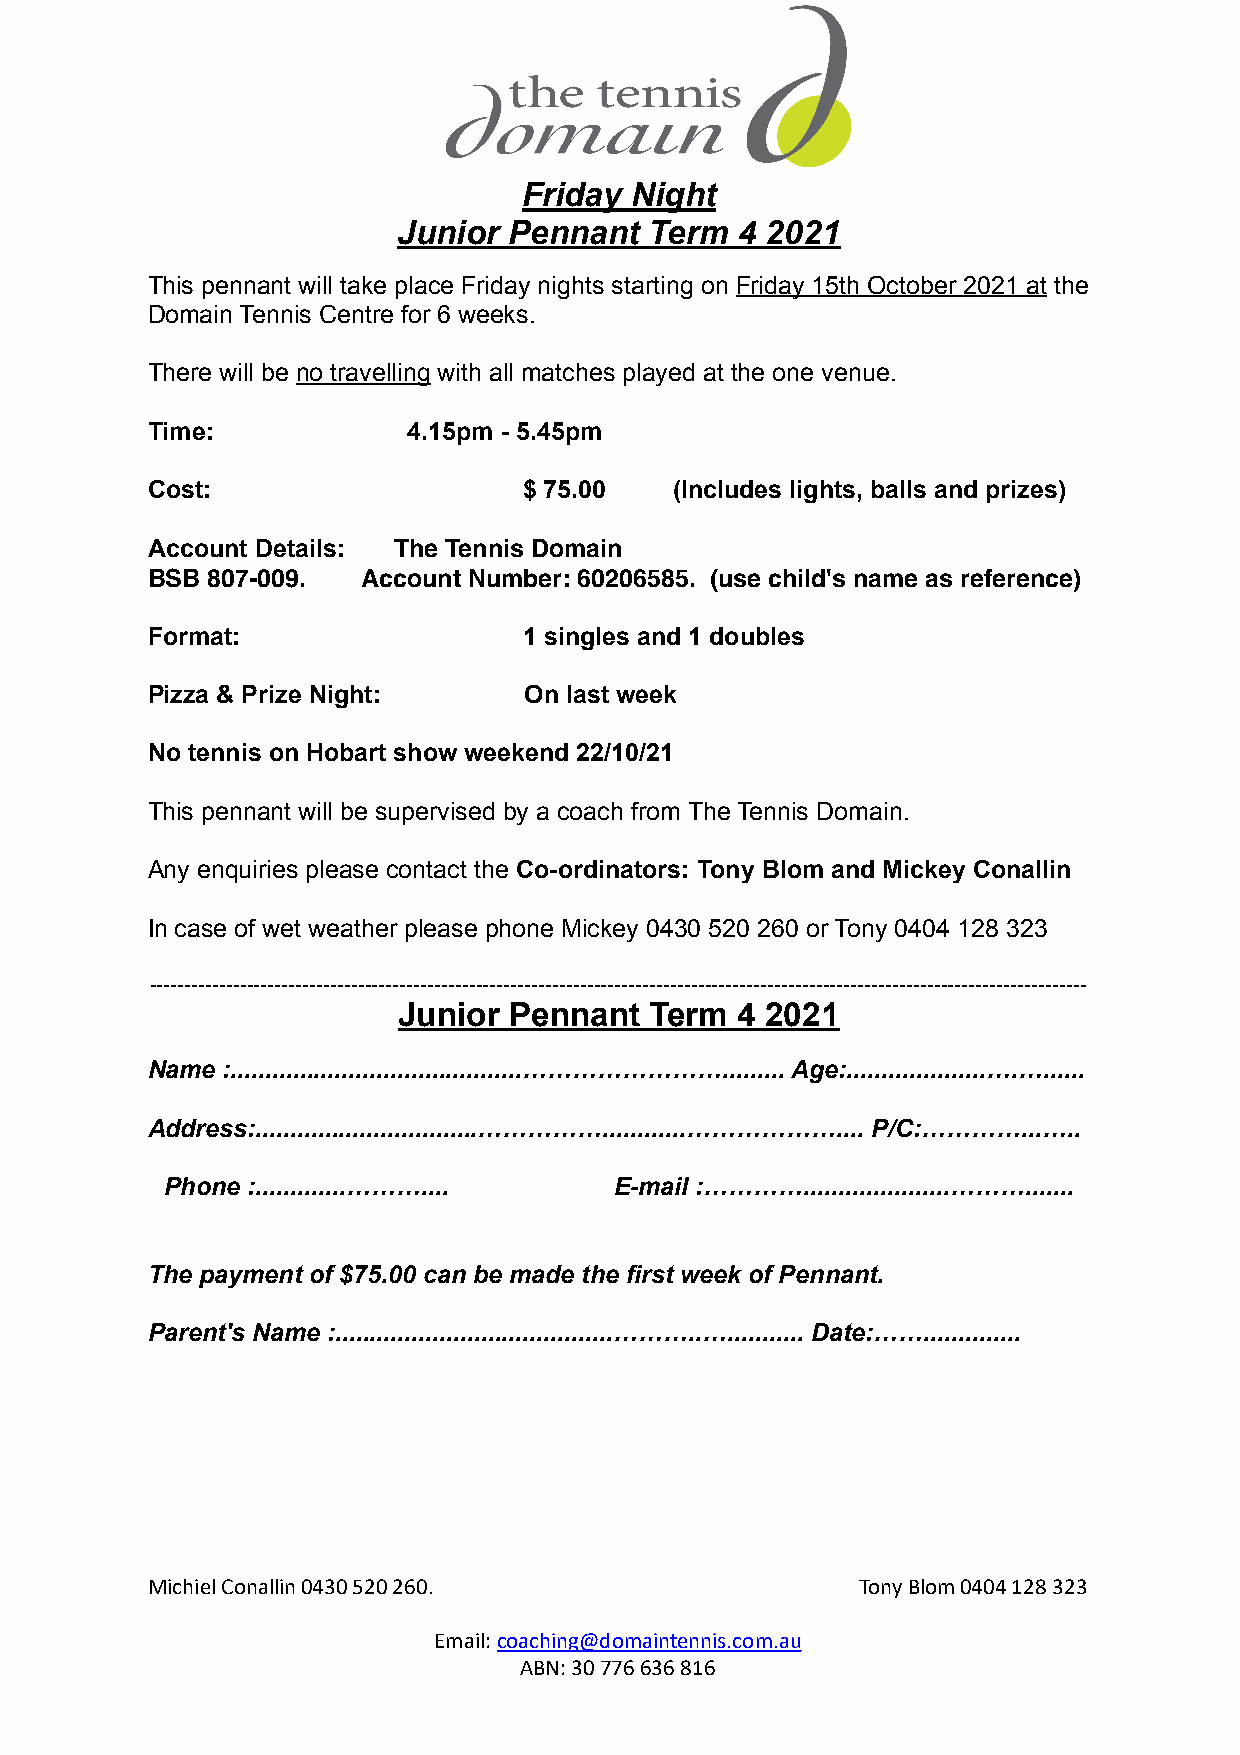
Friday Night
 Junior  Pennant  Term  4 2021
 This pennant will take place Friday nights starting on Friday 15th October 2021 at the
 Domain Tennis Centre for 6 weeks.
 There will be no travelling with all matches played at the one venue.
 Time:            4.15pm - 5.45pm
 Cost:                    $ 75.00   (Includes lights, balls and prizes)
 Account Details: The Tennis Domain
 BSB 807-009.  Account Number: 60206585. (use child's name as reference)
 Format:                  1 singles and 1 doubles
 Pizza & Prize Night:     On last week
 No tennis on Hobart show weekend 22/10/21
 This pennant will be supervised by a coach from The Tennis Domain.
 Any enquiries please contact the Co-ordinators: Tony Blom and Mickey Conallin
 In case of wet weather please phone Mickey 0430 520 260 or Tony 0404 128 323
 ---------------------------------------------------------------------------------------------------------------------------------------
 Junior  Pennant  Term  4 2021
 Name :..........................................……………………......... Age:....................….…......
 Address:................................……………............……………….... P/C:…………...…..
 Phone :.............………....   E-mail :………….....................……….......
 The payment of $75.00 can be made the first week of Pennant.
 Parent's Name :........................................………..…........... Date:……..............
 Michiel Conallin 0430 520 260.                 Tony Blom 0404 128 323
 Email: coaching@domaintennis.com.au
 ABN: 30 776 636 816